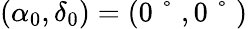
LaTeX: (\alpha_{0},\delta_{0})=(0\mathrm{~\textdegree~},0\mathrm{~\textdegree~})